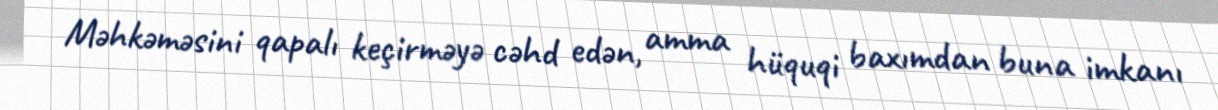
Məhkəməsini qapalı keçirməyə cəhd edən, amma hüquqi baxımdan buna imkanı